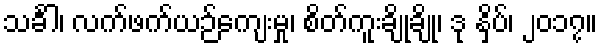
သင်္ခါ၊ လက်ဖက်ယဉ်ကျေးမှု၊ စိတ်ကူးချိုချို၊ ဒု နှိပ်၊ ၂၀၁၇။